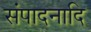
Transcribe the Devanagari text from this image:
संपादनादि